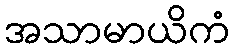
အသာမာယိကံ